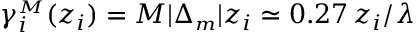
\gamma _ { i } ^ { { \scriptscriptstyle M } } ( z _ { i } ) = M | \Delta _ { { \scriptscriptstyle m } } | z _ { i } \simeq 0 . 2 7 \, z _ { i } / \lambda